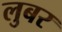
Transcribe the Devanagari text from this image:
लुबर